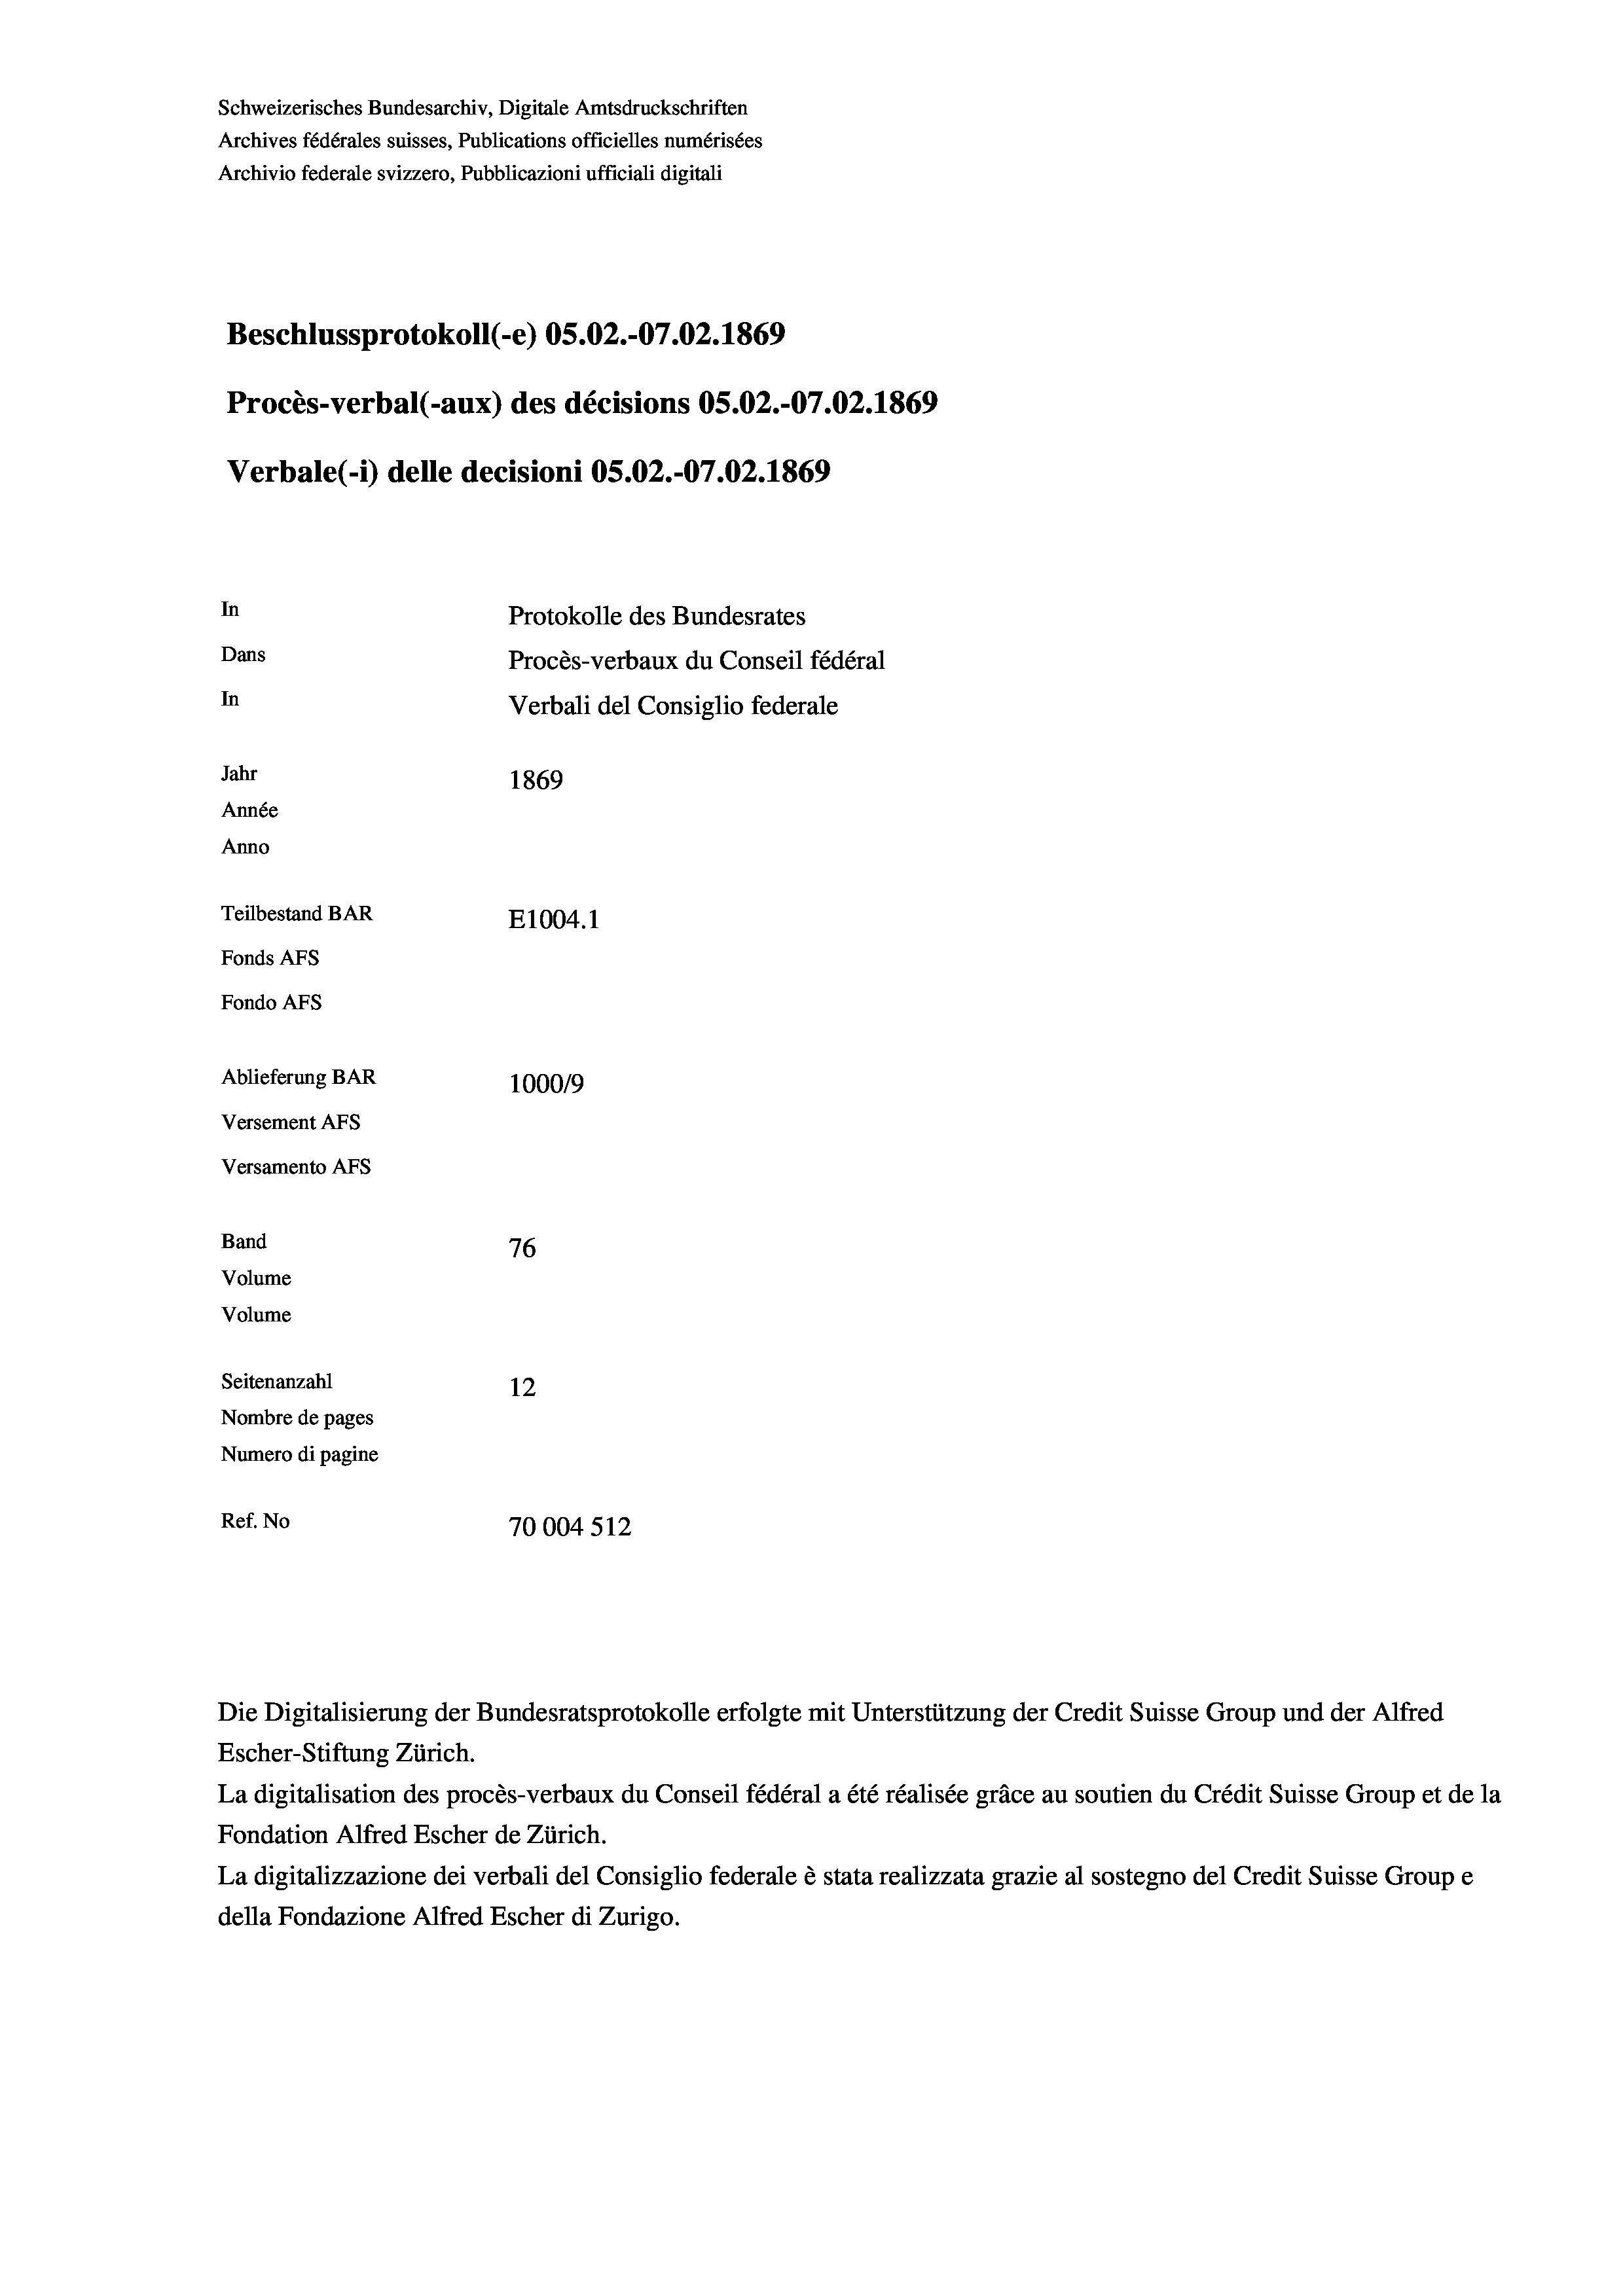
Schweizerisches Bundesarchiv, Digitale Amtsdruckschriften
Archives fédérales suisses, Publications officielles numérisées
Archivio federale svizzero, Pubblicazioni ufficiali digitali
Beschlussprotokoll (-e) OS.02.-07.02. 1869
Procès-verbal (-aux) des décisions OS.02.-07.02. 1869
Verbale (i) delle decisioni OS.02.-07.02. 1869
In
Protokolle des Bundesrates
Dans
Procès-verbaux du Conseil fédéral
In
Verbali del Consiglio federale
Jahr
1869
Année
Anno
Teilbestand BAR
E1004.1
Fonds AFs
Fondo AFS
Ablieferung BAR
100019
Versement As
Versamento AFs
Band
76
Volume
Volume
Seitenanzahl
12
Nombre de pages
Numero di pagine
Ref. No
70004 512

Die Digitalisierung der Bundesratsprotokolle erfolgte mit Unterstützung der Credit Suisse Group und der Alfred

Escher-Stiftung Zürich.
La digitalisation des procès-verbaux du Conseil fédéral a été réalisée gräce au soutien du Crédit Suisse Group et de la
Fondation Alfred Escher de Zürich.
La digitalizzazione dei verbali del Consiglio federale è stata realizzata grazie al sostegno del Credit Suisse Groupe
della Fondazione Alfred Escher di Zurigo.